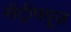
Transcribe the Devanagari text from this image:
सेंट्रीफ्यूज़